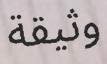
وثيقة